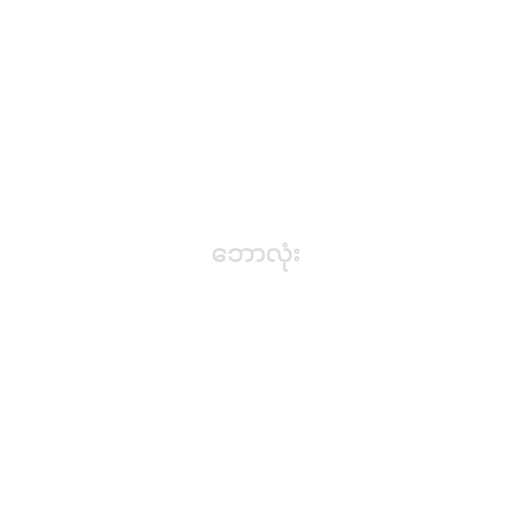
ဘောလုံး